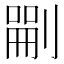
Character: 𠞫